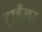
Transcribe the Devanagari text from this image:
ट्राईमर